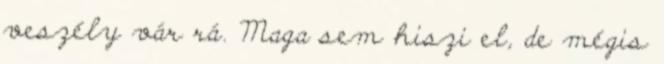
veszély vár rá. Maga sem hiszi el, de mégis